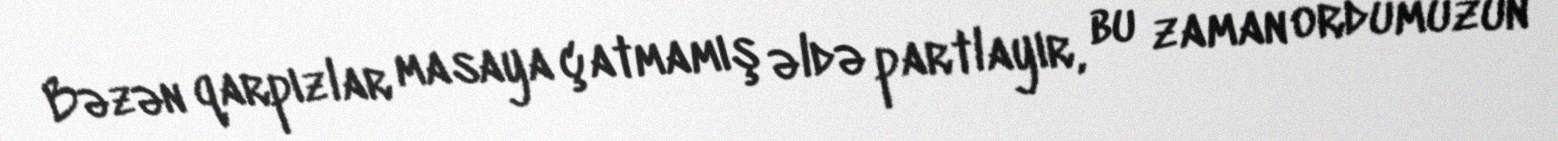
Bəzən qarpızlar masaya çatmamış əldə partlayır, bu zaman ordumuzun